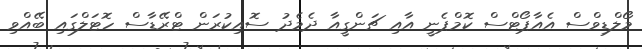
މޯލްޑިވްސް އެއާޕޯޓްސް ކޮމްޕެނީ އާއި ޗަންގީއާ ދެމެދު ސޮއިކުރަން ޓްރޭޑާސް ހޮޓަލްގައި ބޭއްވި